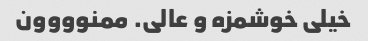
خیلی خوشمزه و عالی. ممنوووون